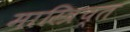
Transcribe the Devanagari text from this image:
मास्त्रिच्त